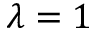
\lambda = 1